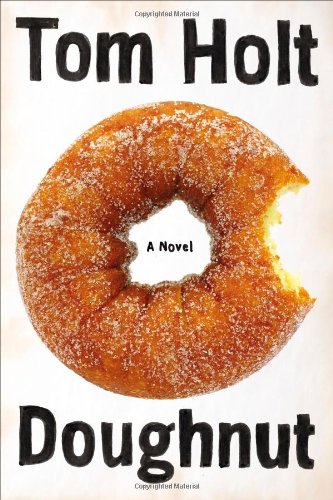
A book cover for Doughnut; Tom Holt; Science Fiction & Fantasy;